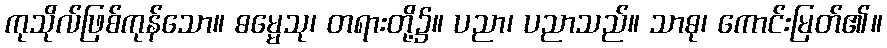
ကုသိုလ်ဖြစ်ကုန်သော။ ဓမ္မေသု၊ တရားတို့၌။ ပညာ၊ ပညာသည်။ သာဓု၊ ကောင်းမြတ်၏။